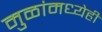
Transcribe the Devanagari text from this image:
मुळांमध्येही